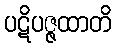
ပဋိပဇ္ဇထာတိ